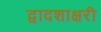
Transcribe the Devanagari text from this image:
द्वादशाक्षरी